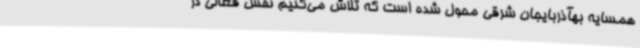
همسایه بهآذربایجان شرقی محول شده است که تلاش می‌کنیم نقش فعالی در